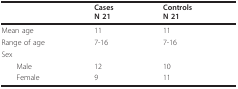
<table><thead><tr><td></td><td><b>CasesN 21</b></td><td><b>ControlsN 21</b></td></tr></thead><tbody><tr><td>Mean age</td><td>11</td><td>11</td></tr><tr><td>Range of age</td><td>7-16</td><td>7-16</td></tr><tr><td>Sex</td><td></td><td></td></tr><tr><td> Male</td><td>12</td><td>10</td></tr><tr><td> Female</td><td>9</td><td>11</td></tr></tbody></table>